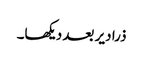
ذرا دیر بعد دیکھا۔